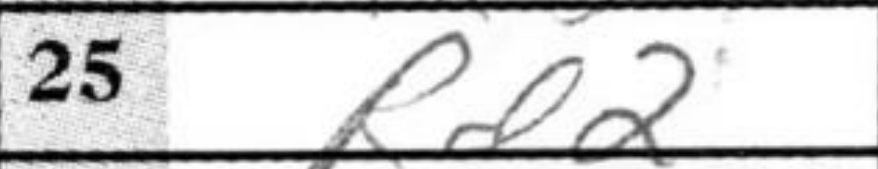
Transcription: Rd2